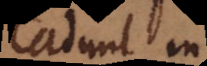
cadunt in